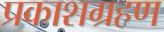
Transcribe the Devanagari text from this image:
प्रकाशग्रहण